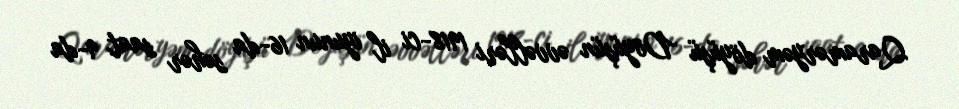
Qaraməryəm döyüşü Döyüşün əvvəlləri 1918-ci il iyunun 16-da səhər saat 9-da